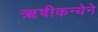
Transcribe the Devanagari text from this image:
ऋषीकन्येने